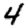
Digit: 4